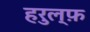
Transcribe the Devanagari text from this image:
हरुल्फ़